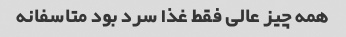
همه چیز عالی فقط غذا سرد بود متاسفانه